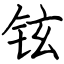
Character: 铉